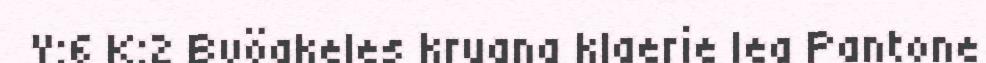
Y:6 K:2 Byögkeles kruana klaerie lea Pantone